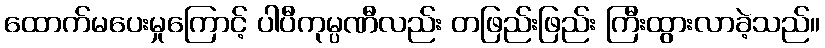
ထောက်မပေးမှုကြောင့် ပါပီကုမ္ပဏီလည်း တဖြည်းဖြည်း ကြီးထွားလာခဲ့သည်။